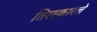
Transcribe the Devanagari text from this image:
तिरस्कारले